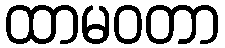
ထာမဝတာ